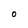
Character: 0